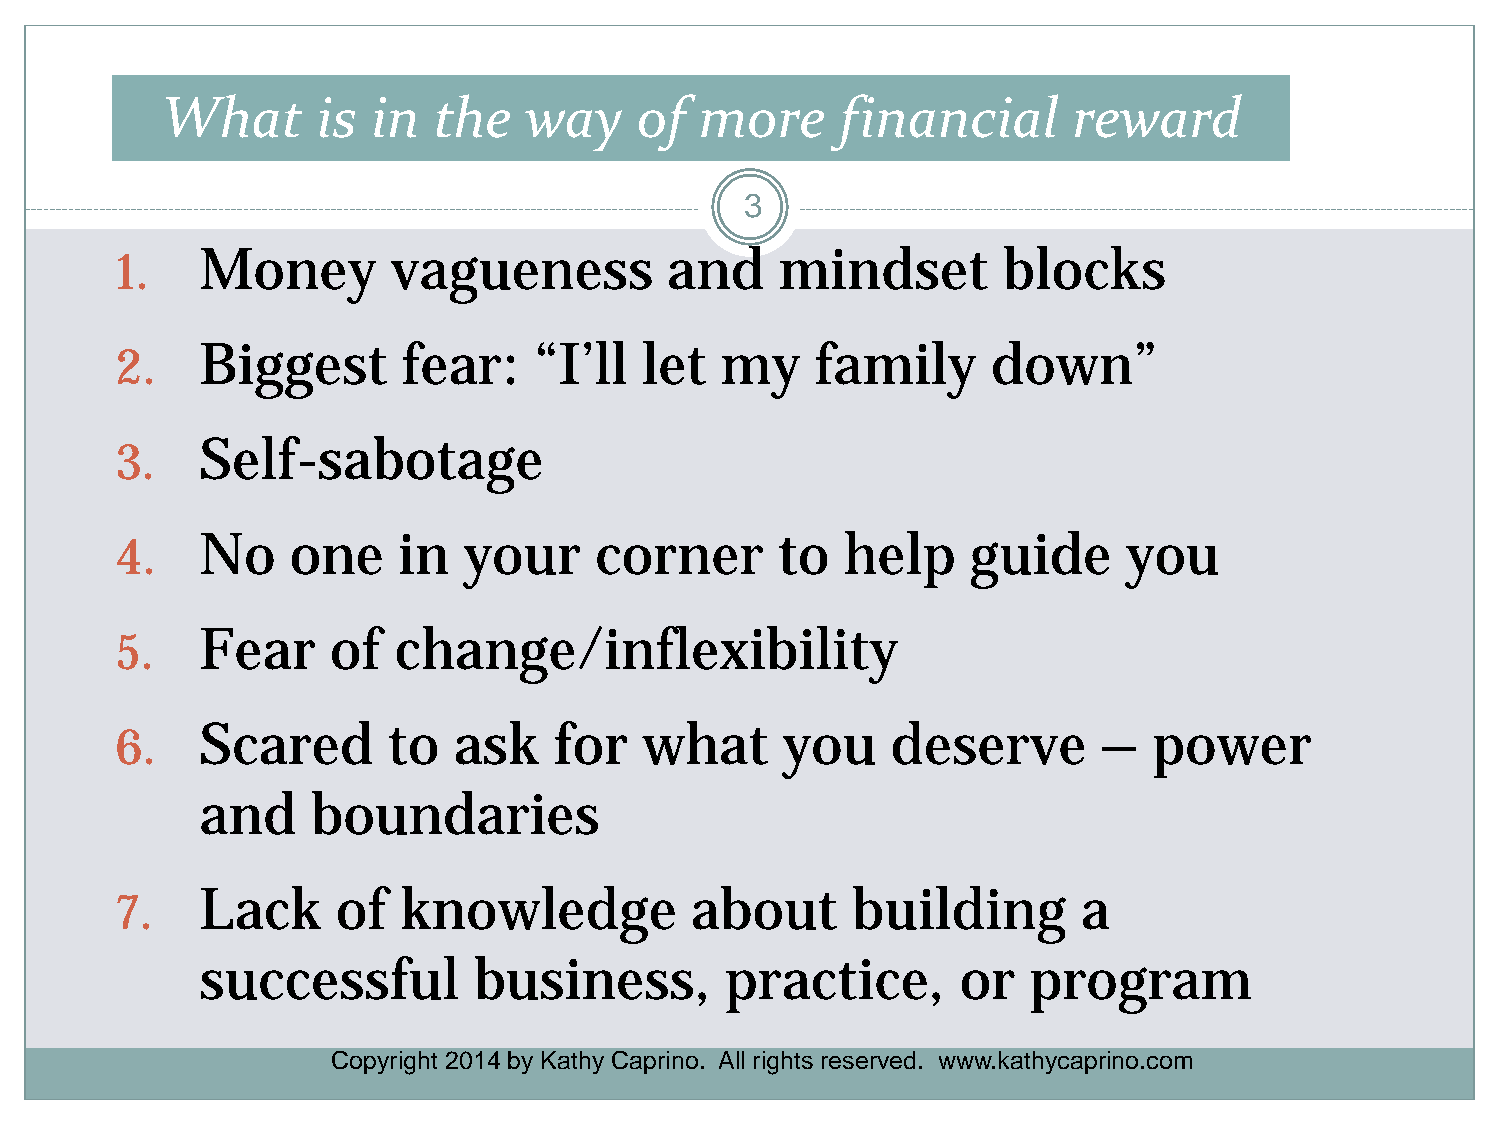
What      is  in  the   way    of  more      financial      reward
 3
 1.   Money        vagueness         and     mindset       blocks
 2.   Biggest       fear:   “I’ll  let   my    family      down”
 3.   Self-sabotage
 4.   No    one    in   your    corner       to  help    guide      you
 5.   Fear     of  change/inflexibility
 6.   Scared       to  ask    for   what     you    deserve       –  power
 and     boundaries
 7.   Lack     of   knowledge          about     building        a
 successful        business,        practice,       or  program
 Copyright 2014 by Kathy Caprino. All rights reserved. www.kathycaprino.com